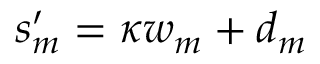
s _ { m } ^ { \prime } = \kappa w _ { m } + d _ { m }